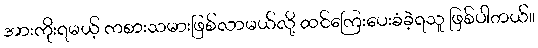
အားကိုးရမယ့် ကစားသမားဖြစ်လာမယ်လို့ ထင်ကြေးပေးခံခဲ့ရသူ ဖြစ်ပါတယ်။